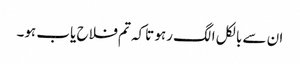
ان سے بالکل الگ رہو تاکہ تم فلاح یاب ہو۔